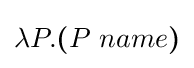
\lambda P.{\boldsymbol {(}}P\ name{\boldsymbol {)}}